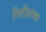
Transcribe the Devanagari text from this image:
निरीशनम